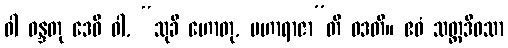
ဝါ ဝန္ဒတု ဒေဝီ ဝါ, “သုခီ ဟောတု, မဟာရာဇာ”တိ ဝဒတိ။ ဧဝံ သတ္တဒိဝသာ